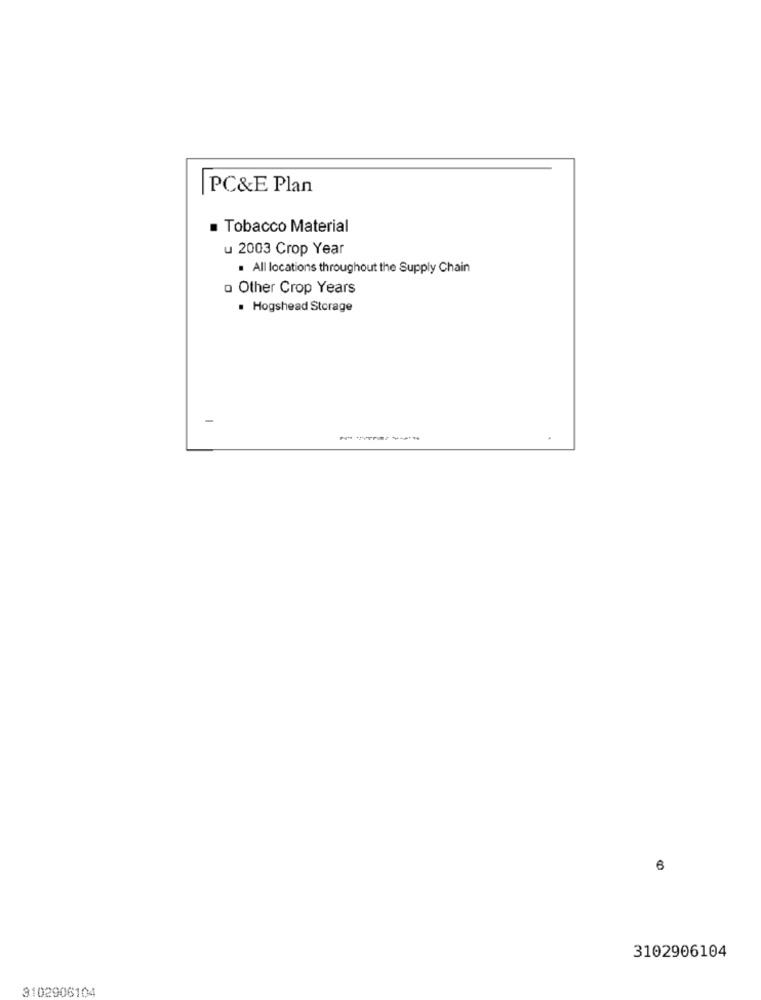
PC&E Plan
Tobacco Material
u 2003 Crop Year
. All locations throughout the Supply Chain
o Other Crop Years
. Hogshead Storage
3102906104
3102906104